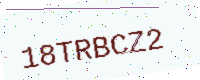
Text: 18TRBCZ2